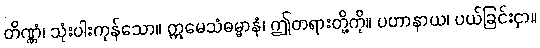
တိဏ္ဏံ၊ သုံးပါးကုန်သော။ ဣမေသံဓမ္မာနံ၊ ဤတရားတို့ကို။ ပဟာနာယ၊ ပယ်ခြင်းငှာ။